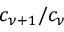
c _ { \nu + 1 } / c _ { \nu }